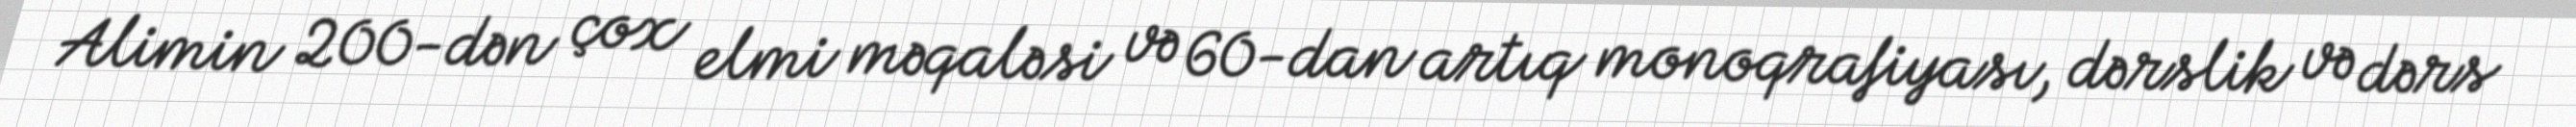
Alimin 200-dən çox elmi məqaləsi və 60-dan artıq monoqrafiyası, dərslik və dərs